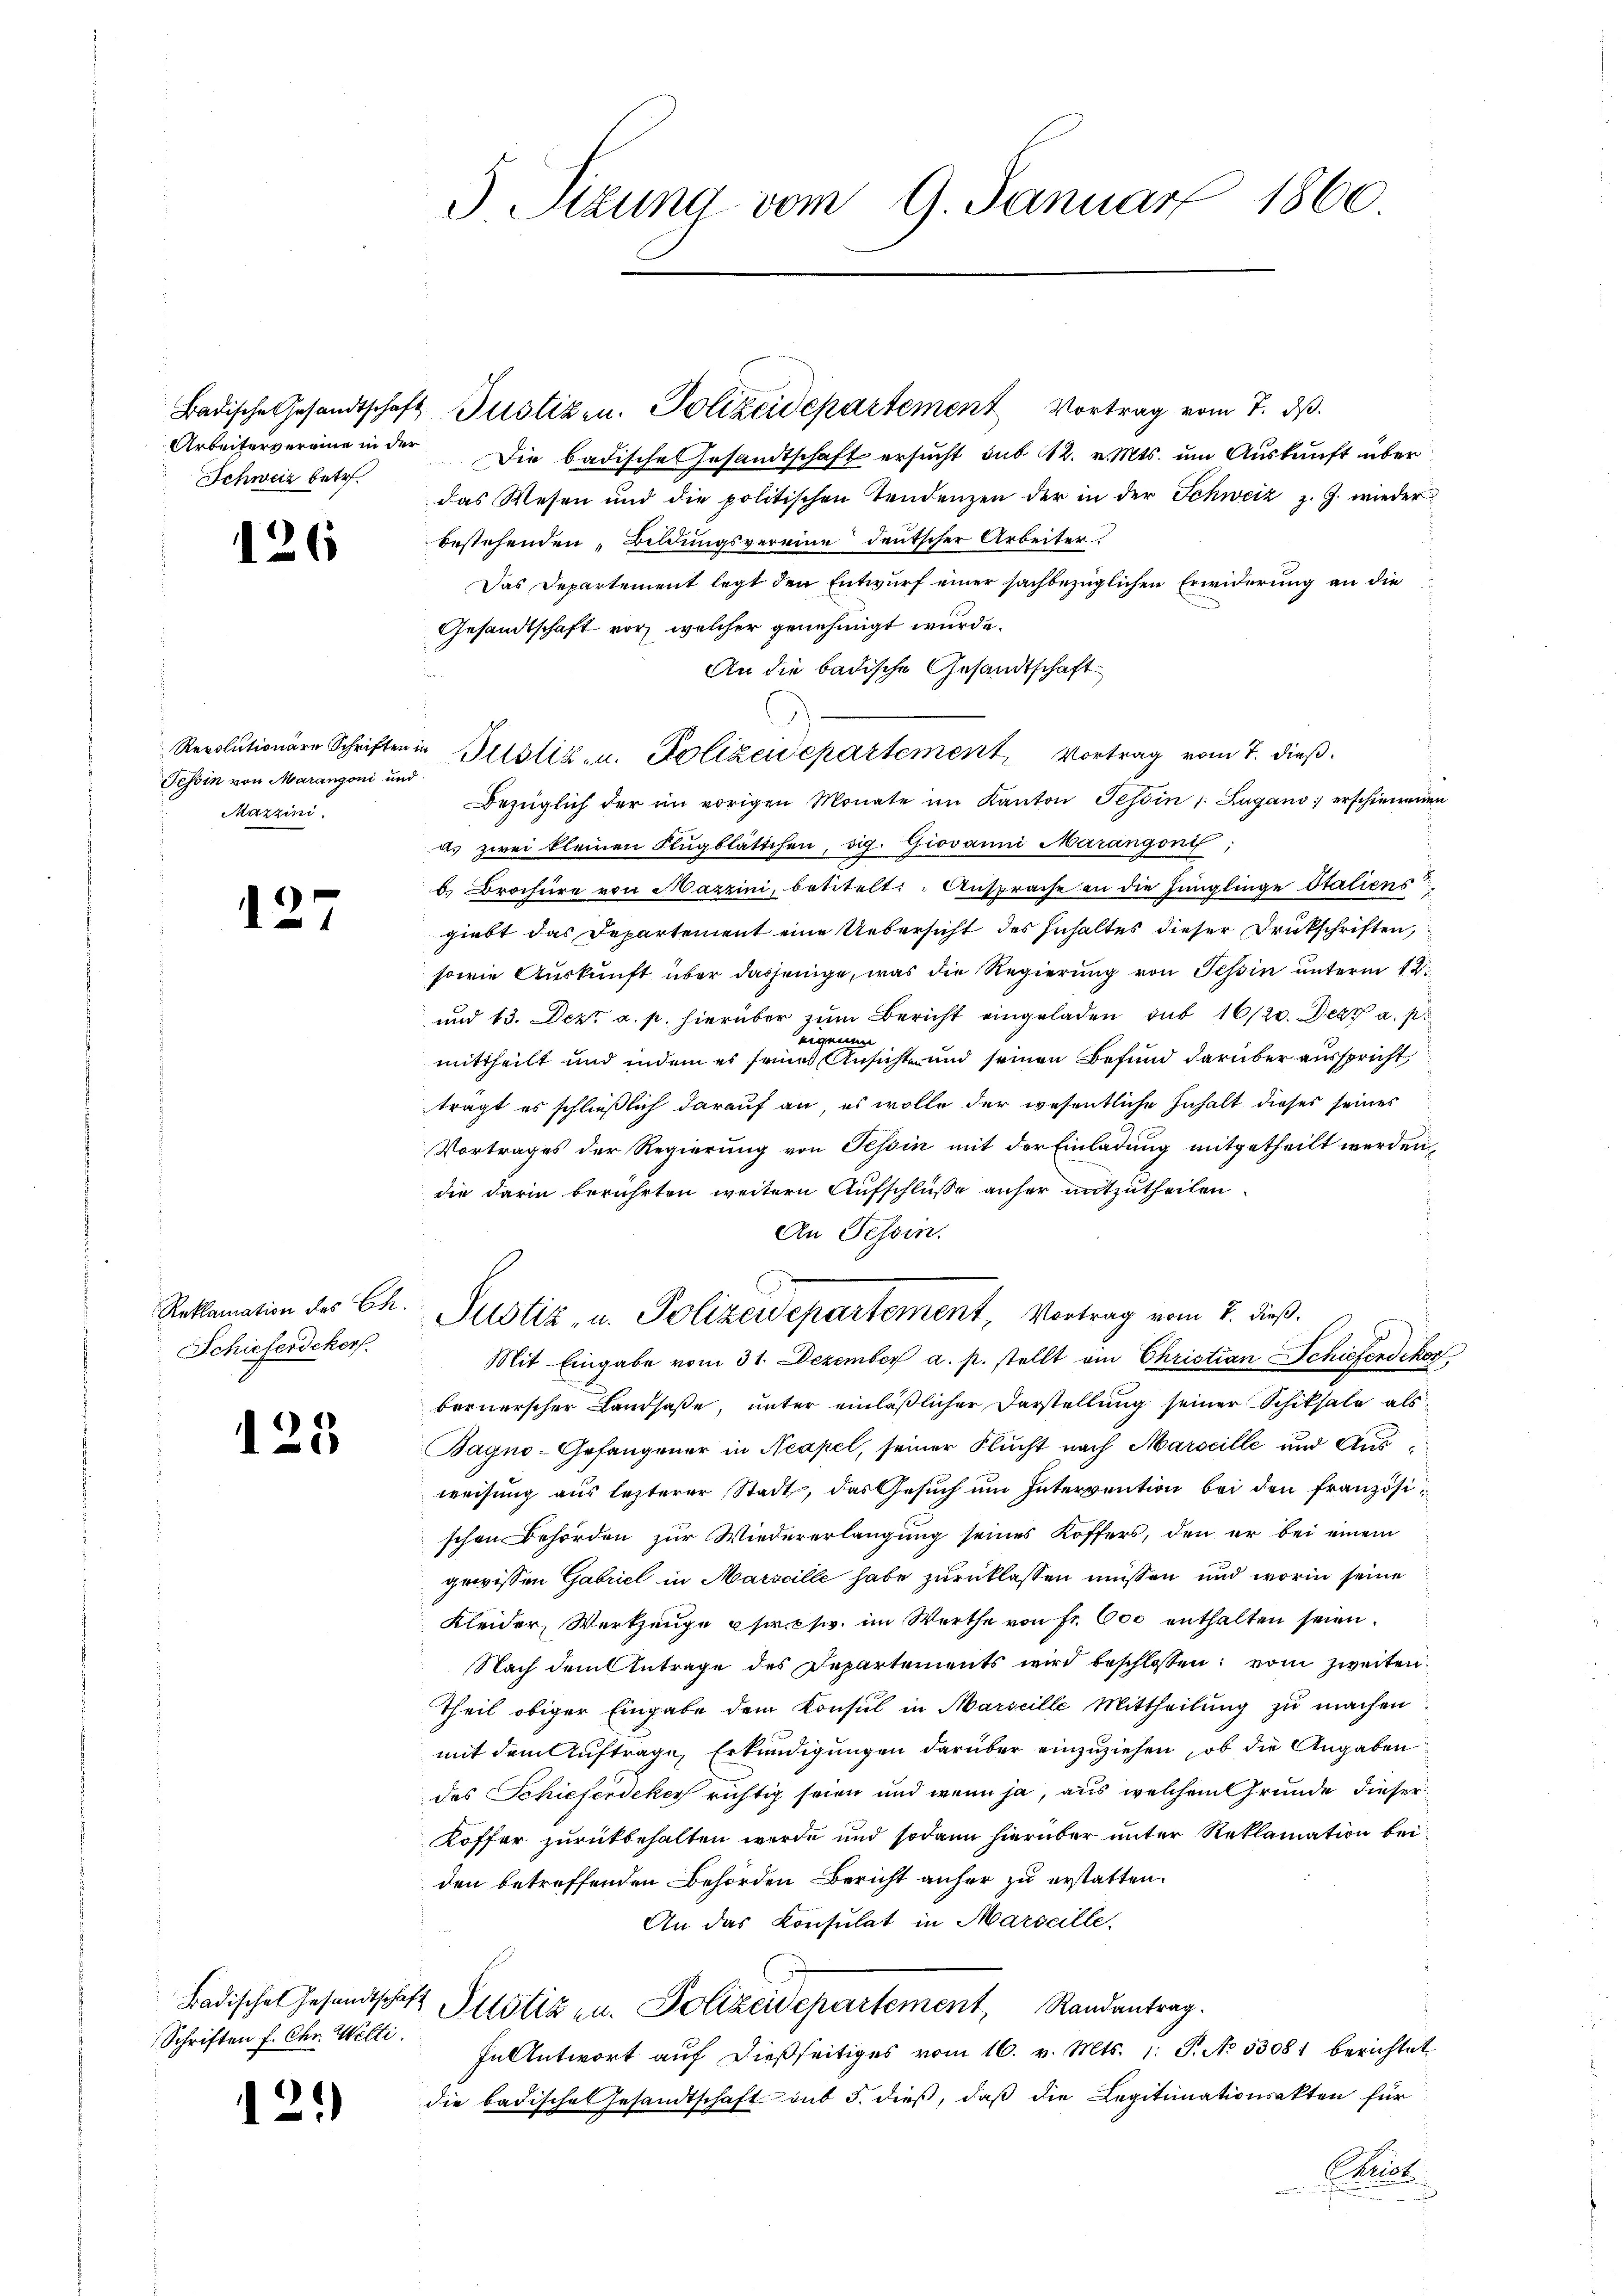
Arbeitervereine in der
Schweiz betr.

126

Tessin von Marangoni und
Mazzini.

1
d

Schieferdekorf.

125

Schriften f. Chr. Welti.

)
1

Sitzung vom 9. Januar 1860.

Die badische Gesandtschaft ersucht sub 12. v. Mts. um Auskunft über
das Wesen und die politischen Tendenzen der in der Schweiz z. Z. wieder
e
bestehenden Bildungsvereine deutscher Arbeiter.
Das Departement legt den Entwurf einer sachbezüglichen Erwiderung an die
Gesandtschaft vor, welcher genehmigt wurde.
An die badische Gesandtschaft
Bezüglich der im vorigen Monate im Kanton Tessin 1. Zugano erschienenen
as zwei kleinen Flugblättchen, sig. Giovanni Marangen,
b. Brochüre von Mazzini, betitelt: „Ansprache an die Jünglinge Statiens
giebt das Departement eine Uebersicht des Inhaltes dieser Druckschriften,
sowie Auskunft über dasjenige, was die Regierung von Tessin unterm 12.
und 13. Dez. a. p. hierüber zum Bericht eingeladen sub 16/20. Derz a. pr
eigenen
mittheilt und indem es seines Ansicht und seinen Befund darüber ausspricht,
trägt es schließlich darauf an, es wolle der wesentliche Inhalt dieses seines
Vortrages der Regierung von Tessin mit der Einladung mitgetheilt werden,
die darin berührten weitern Aufschlüße anher mitzutheilen.
An Tessin.
Reklamation des Ch. Justiz, u. Polizeidepartement, Vortrag vom 7. dieß.
Mit Eingabe vom 31. Dezember a. p. stellt ein Christian Schiefendekor
bernerscher Landsaße, unter einläßlicher Darstellung seiner Schiksale als
Bagno-Gefangener in Neapel, seiner Flucht nach Marseille und Ausweisung aus lezterer Stadt, das Gesuch um Intervention bei den französischen Behörden zur Wiedererlangung seines Koffers, den er bei einem
gewissen Gabriel in Marscille habe zurücklassen müssen und worin seine
Kleider, Werkzeuge per sie im Werthe von Fr. 600 enthalten seien.
Nach dem Antrage des Departements wird beschlossen: vom zweiten
Theil obiger Eingabe dem Konsul in Marseille Mittheilung zu machen
mit dem Auftrage, Erkundigungen darüber einzuziehen, ob die Angaben
des Schieferdeker richtig seien und wenn ja, aus welchem Grunde dieser
Koffer zurückbehalten wurde und sodann hierüber unter Reklamation bei
den betreffenden Behörden Bericht anher zu erstatten.
An das Consulat in Marseille,
Badische Gesandtschaft Plotiz zu. Polizeidepartement, Randantrag.
In Antwort auf dießseitiges vom 16. v. Mts. 1: P. No. 53081 berichtet
die badisches Gesandtschaft sub 5. dieß, daß die Legitimationsakten für
Chreck

Badische Gesandtschaft Justizen. Polizeidepartement Vortrag vom 7. ds.

Revolutionar Schriften in Bestiz- u. Polizeidepartement, Vortrag vom 7. dieβ.